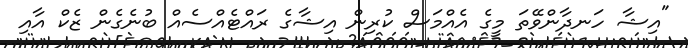
"އިޝާ ހަނދާންވޭތަ މީގެ އެއްމަސް ކުރިން އިޝާގެ ރައްޓެއްސެއް ބުނެގެން ޒެކް އާއި